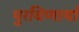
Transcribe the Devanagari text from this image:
पुरविणार्या